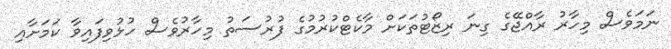
ނަމަވެސް މިހާރު ރާއްޖޭގެ ގިނަ ރިޒޯޓުތަކަށް މާކެޓްކުރުމުގެ ފުރުސަތު މިހާރުވެސް ހުޅުވިފައިވާ ކަމަށާއި